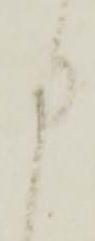
申